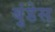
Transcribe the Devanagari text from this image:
बुंडेस